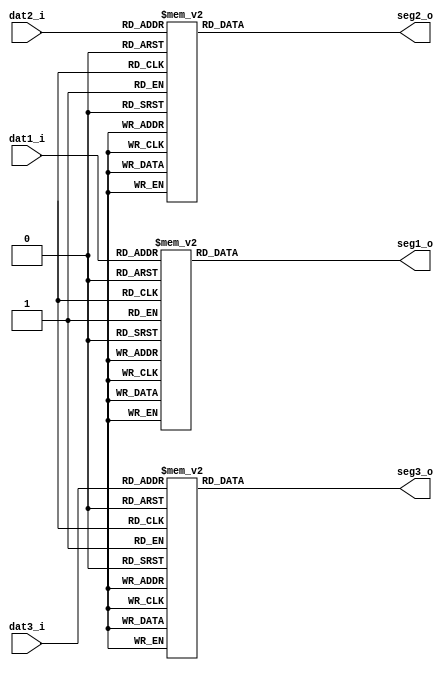
module seg7_decoder(
	dat1_i,
	dat2_i,
	dat3_i,
	seg1_o,
	seg2_o,
	seg3_o); 

	input	[3:0]	dat1_i;				
	input	[3:0]	dat2_i;				
	input	[3:0]	dat3_i;				
	
	output	[6:0]	seg1_o;						
	output	[6:0]	seg2_o;				
	output	[6:0]	seg3_o;				
							
	reg		[6:0]	seg1_o;				
	reg		[6:0]	seg2_o;				
	reg		[6:0]	seg3_o;				
	
	always @(*)begin
		case(dat1_i)		
	
			4'h0:seg1_o=7'b1000000;	
			4'h1:seg1_o=7'b1111001;	
			4'h2:seg1_o=7'b0100100;	
			4'h3:seg1_o=7'b0110000;	
			4'h4:seg1_o=7'b0011001;	
			4'h5:seg1_o=7'b0010010;	
			4'h6:seg1_o=7'b0000010;	
			4'h7:seg1_o=7'b1111000;	
			4'h8:seg1_o=7'b0000000;	
			4'h9:seg1_o=7'b0011000;			
			4'ha:seg1_o=7'b0001000;	
			4'hb:seg1_o=7'b0000011;	
			4'hc:seg1_o=7'b1000110;	
			4'hd:seg1_o=7'b0100001;	
			4'he:seg1_o=7'b0000110;
			4'hf:seg1_o=7'b0001110;	
			default:seg1_o=7'b1111111;
		endcase
	end

	always @(*)begin
		case(dat2_i)				
			4'h0:seg2_o=7'b1000000;	
			4'h1:seg2_o=7'b1111001;	
			4'h2:seg2_o=7'b0100100;	
			4'h3:seg2_o=7'b0110000;	
			4'h4:seg2_o=7'b0011001;	
			4'h5:seg2_o=7'b0010010;	
			4'h6:seg2_o=7'b0000010;	
			4'h7:seg2_o=7'b1111000;
			4'h8:seg2_o=7'b0000000;	
			4'h9:seg2_o=7'b0011000;		
			4'ha:seg2_o=7'b0001000;	
			4'hb:seg2_o=7'b0000011;	
			4'hc:seg2_o=7'b1000110;	
			4'hd:seg2_o=7'b0100001;	
			4'he:seg2_o=7'b0000110;	
			4'hf:seg2_o=7'b0001110;	
			default:seg2_o=7'b1111111;
		endcase
	end

	always @(*)begin
		case(dat3_i)					
			4'h0:seg3_o=7'b1000000;	
			4'h1:seg3_o=7'b1111001;
			4'h2:seg3_o=7'b0100100;	
			4'h3:seg3_o=7'b0110000;	
			4'h4:seg3_o=7'b0011001;	
			4'h5:seg3_o=7'b0010010;
			4'h6:seg3_o=7'b0000010;	
			4'h7:seg3_o=7'b1111000;	
			4'h8:seg3_o=7'b0000000;	
			4'h9:seg3_o=7'b0011000;	
			4'ha:seg3_o=7'b0001000;	
			4'hb:seg3_o=7'b0000011;	
			4'hc:seg3_o=7'b1000110;	
			4'hd:seg3_o=7'b0100001;	
			4'he:seg3_o=7'b0000110;	
			4'hf:seg3_o=7'b0001110;
			default:seg3_o=7'b1111111;
		endcase
	end

	
endmodule